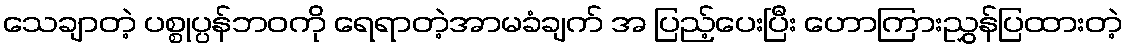
သေချာတဲ့ ပစ္စုပ္ပန်ဘဝကို ရေရာတဲ့အာမခံချက် အ ပြည့်ပေးပြီး ဟောကြားညွှန်ပြထားတဲ့